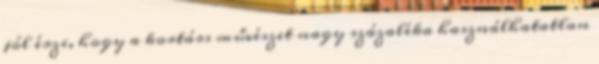
jól érzi, hogy a kortárs művészet nagy százaléka használhatatlan